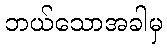
ဘယ်သောအခါမှ